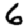
Digit: 6